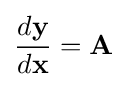
{\frac {d\mathbf {y} }{d\mathbf {x} }}=\mathbf {A}